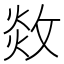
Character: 𢽻